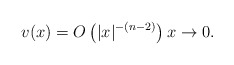
\begin{align*} v(x)=O\left(|x|^{-(n-2)} \right) x\to0. \end{align*}